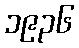
၁၉၃၆